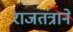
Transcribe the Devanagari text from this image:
राजतंत्राने